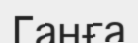
Ганға